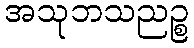
အသုဘသညဉ္စ